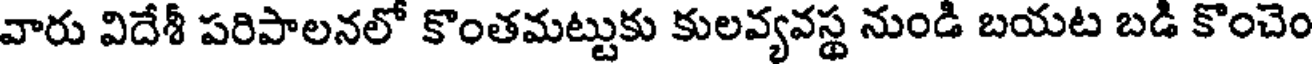
వారు విదేశీ పరిపాలనలో కొంతమట్టుకు కులవ్యవస్థ నుండి బయట బడి కొంచెం